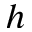
h